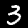
Digit: 3